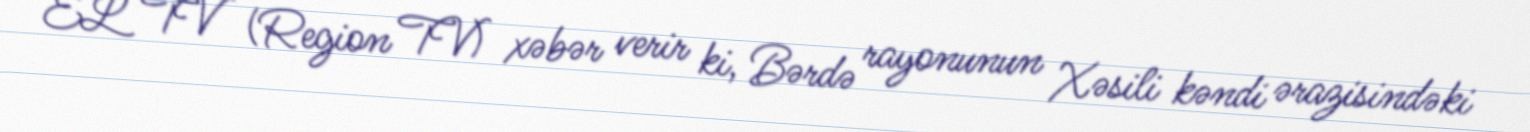
EL TV (Region TV) xəbər verir ki, Bərdə rayonunun Xəsili kəndi ərazisindəki